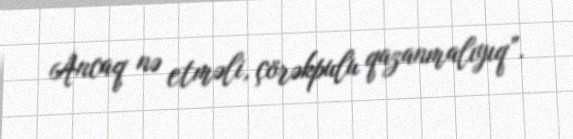
Ancaq nə etməli, çörəkpulu qazanmalıyıq”.